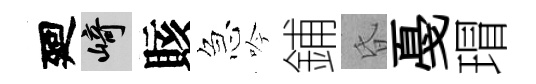
廻崎賅急吟鋪昏戞瑁